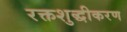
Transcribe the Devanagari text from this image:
रक्तशुद्धीकरण